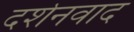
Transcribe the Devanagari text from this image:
दर्शनवाद